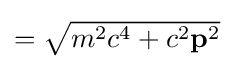
{\textstyle ={\sqrt {m^{2}c^{4}+c^{2}\mathbf {p} ^{2}}}}